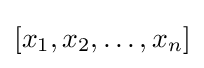
[x_{1},x_{2},\dots ,x_{n}]